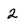
Character: 2